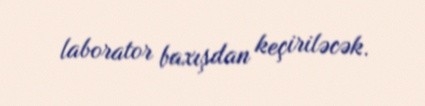
laborator baxışdan keçiriləcək.